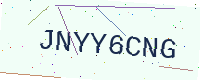
Text: JNYY6CNG